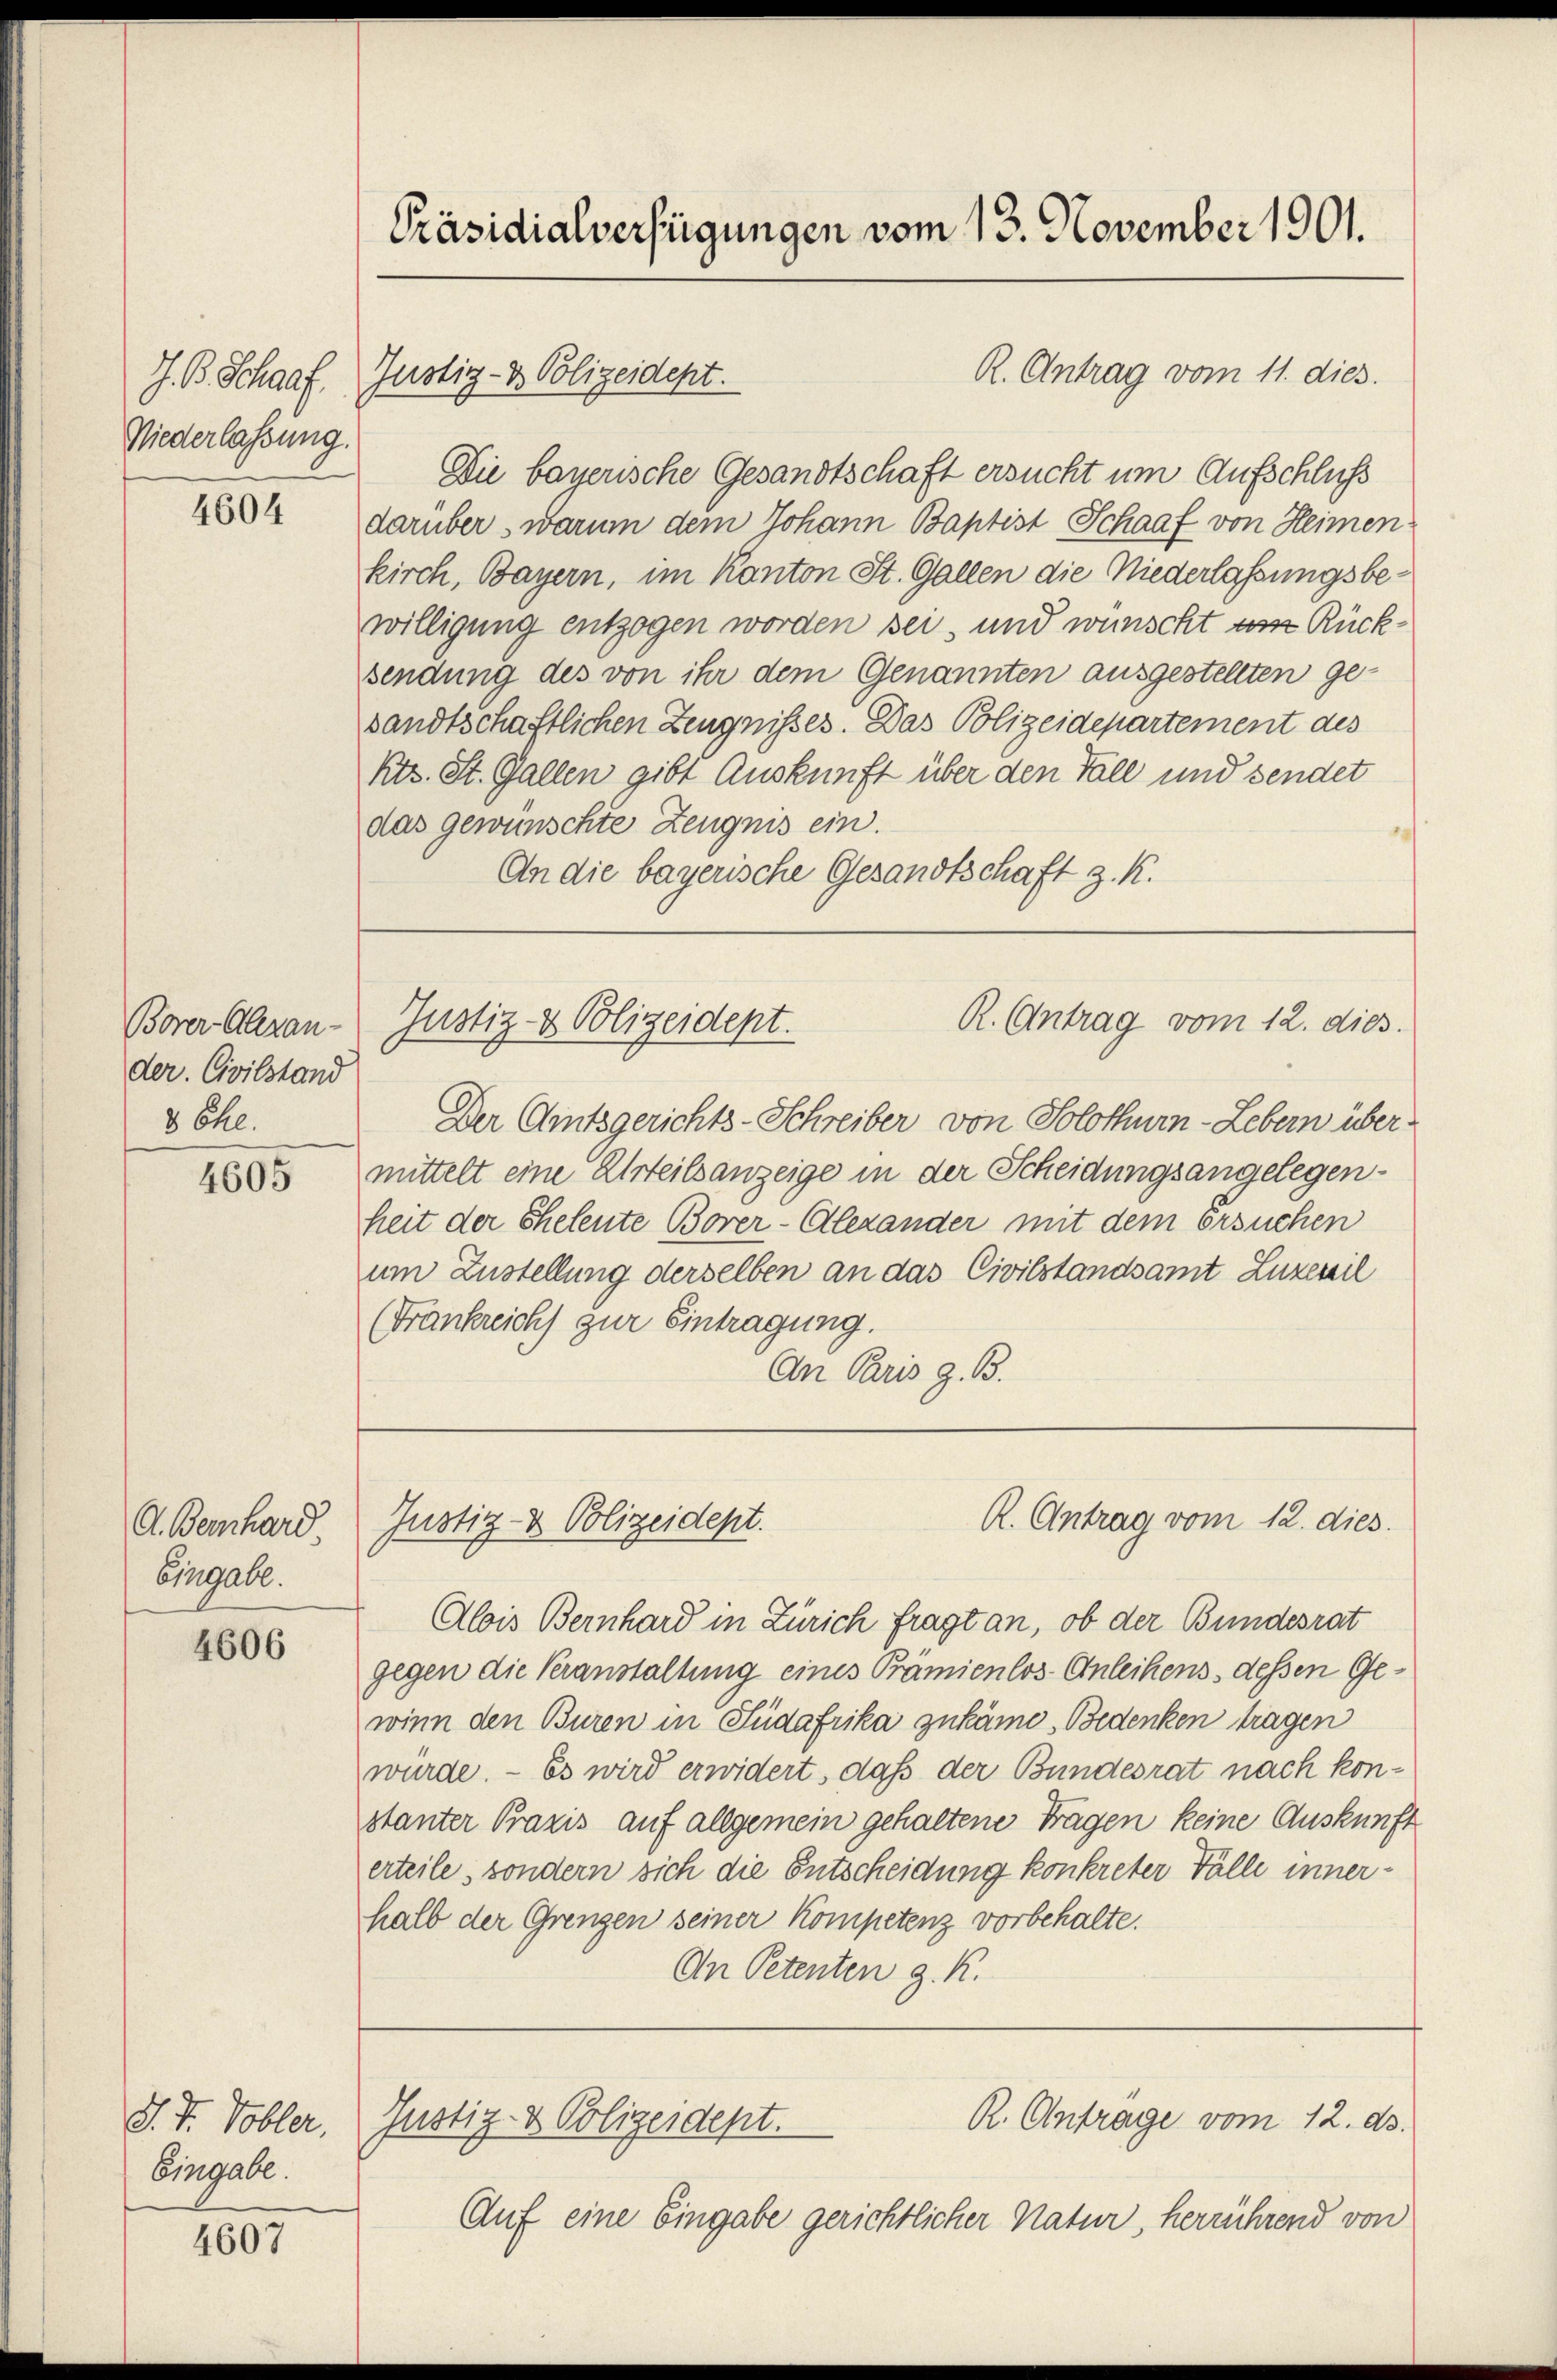
J. B. Schaaf
Niederlassung.

4604

Borer Alleran-
der. Civilstand
8 Ehe.

4605

A. Bernhard
Eingabe.

4606

J. J. Tobler,
Eingabe.

4607

Präsidialverfügungen vom 13. November 1901.

Justiz- & Polizeidept.

Die bayerische Gesandtschaft ersucht um Aufschluß
darüber warum dem Johann Baptist Schaaf von Heimen
kirch, Bayern, im Konton St. Gallen die Niederlassungsbewilligung entzogen worden sei, und wünscht um Rücksendung des von ihr dem Genannten ausgestellten gesandtschaftlichen Zeugnisses. Das Polizeidepartement des
Kts. St. Gallen gibt Auskunft über den Fall und sendet
das gewünschte Zeugnis ein.
An die bayerische Gesandtschaft z. K.

R. Antrag vom 11. dies

R. (Antrag vom 12. dies
Justiz- & Polizeidept.

Der Amtsgerichts-Schreiber von Solothurn - Lebern übermittelt eine Urteilsanzeige in der Scheidungsangelegen-
heit der Eheleute Borer-Olexander mit dem Ersuchen
um Zustellung derselben an das Civilstandsamt Zuzevil
(Frankreich zur Eintragung.
An Paris z. B.

Alois Bernhard in Zürich fragt an, ob der Bundesrat
gegen die Veranstaltung eines Prämienlos Anleihens dessen Gewinn den Buren in Südafrika zukäme, Bedenken tragen
wurde. - Es wird erwidert, daß der Bundesrat nach konstanter Praxis auf allgemein gehaltene Fragen keine Auskunft
erteile, sondern sich die Entscheidung konkreter Fälle innerhalb der Grenzen seiner Kompetenz vorbehalte.
An Petenten z. R.
R. Antrage vom 12. ds.
Justiz- & Polizeidept.
Auf eine Eingabe gerichtlicher Natur, herrührend von

R. Antrag vom 12. dies
Justiz- & Polizeidept.